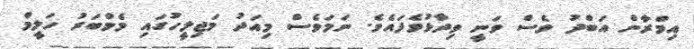
އިމްރާން އަބްދު ވެސް ވަނީ ވިދާޅުވެފައެވެ. ނަމަވެސް މިއަދު މަޖިލީހުގައި މެމްބަރު ހަލީމް